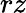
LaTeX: rz